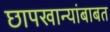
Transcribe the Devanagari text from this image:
छापखान्यांबाबत